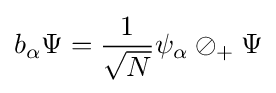
b_{\alpha }\Psi ={\frac {1}{\sqrt {N}}}\psi _{\alpha }\oslash _{+}\Psi